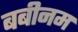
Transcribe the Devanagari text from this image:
बबीनम